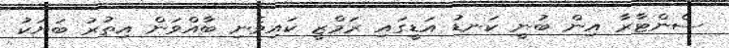
ސެންޓާރާ އިން ބުނީ ކަނޑު އަޑީގައި ރަމްޒީ ކައިވެނި ބާއްވަން އިތުރު ބަޔަކު